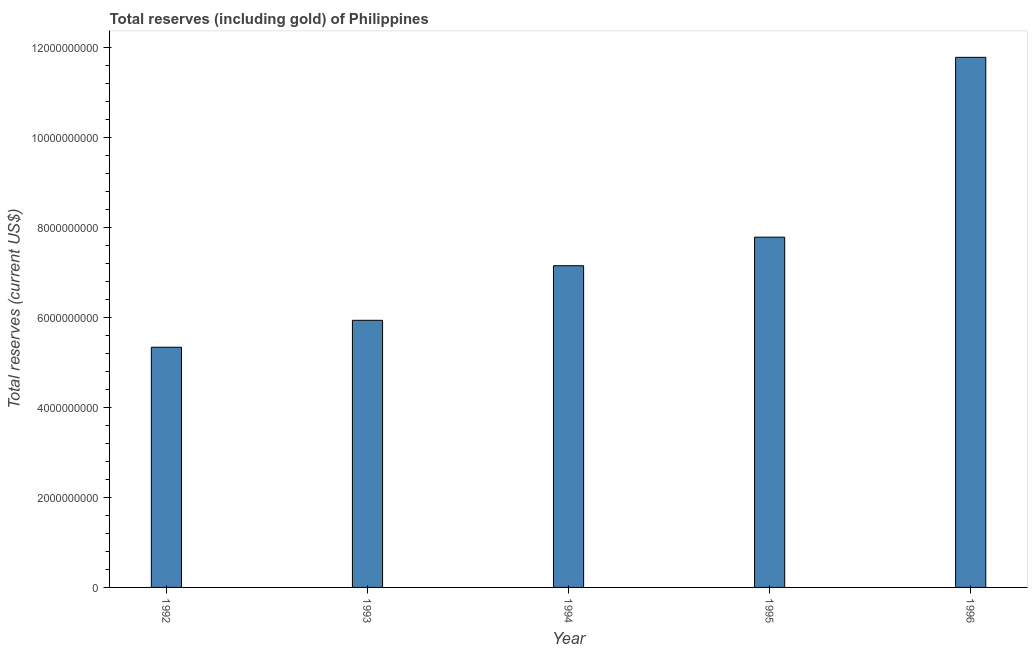
| Year | Total reserves (includes gold |
 | --- | --- |
 | 1992 | 5.34e+09 |
 | 1993 | 5.93e+09 |
 | 1994 | 7.15e+09 |
 | 1995 | 7.78e+09 |
 | 1996 | 1.18e+10 |